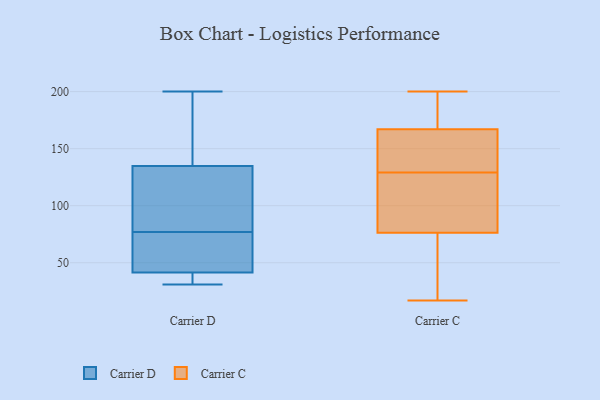
{"axis": {"x": "Headcount", "y": "Value"}, "legend": ["Carrier C", "Carrier D"], "data": [{"x": "", "y": 148, "type": "Carrier D"}, {"x": "", "y": 102, "type": "Carrier D"}, {"x": "", "y": 39, "type": "Carrier D"}, {"x": "", "y": 49, "type": "Carrier D"}, {"x": "", "y": 31, "type": "Carrier D"}, {"x": "", "y": 31, "type": "Carrier D"}, {"x": "", "y": 200, "type": "Carrier D"}, {"x": "", "y": 54, "type": "Carrier D"}, {"x": "", "y": 55, "type": "Carrier D"}, {"x": "", "y": 137, "type": "Carrier D"}, {"x": "", "y": 175, "type": "Carrier D"}, {"x": "", "y": 119, "type": "Carrier D"}, {"x": "", "y": 77, "type": "Carrier D"}, {"x": "", "y": 36, "type": "Carrier D"}, {"x": "", "y": 128, "type": "Carrier D"}, {"x": "", "y": 180, "type": "Carrier C"}, {"x": "", "y": 190, "type": "Carrier C"}, {"x": "", "y": 106, "type": "Carrier C"}, {"x": "", "y": 132, "type": "Carrier C"}, {"x": "", "y": 26, "type": "Carrier C"}, {"x": "", "y": 61, "type": "Carrier C"}, {"x": "", "y": 128, "type": "Carrier C"}, {"x": "", "y": 69, "type": "Carrier C"}, {"x": "", "y": 169, "type": "Carrier C"}, {"x": "", "y": 33, "type": "Carrier C"}, {"x": "", "y": 98, "type": "Carrier C"}, {"x": "", "y": 131, "type": "Carrier C"}, {"x": "", "y": 17, "type": "Carrier C"}, {"x": "", "y": 200, "type": "Carrier C"}, {"x": "", "y": 167, "type": "Carrier C"}, {"x": "", "y": 129, "type": "Carrier C"}, {"x": "", "y": 167, "type": "Carrier C"}, {"x": "", "y": 153, "type": "Carrier C"}, {"x": "", "y": 101, "type": "Carrier C"}]}